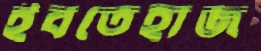
ইবতেহাজ